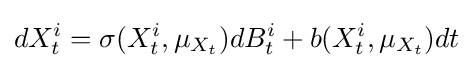
dX_{t}^{i}=\sigma (X_{t}^{i},\mu _{X_{t}})dB_{t}^{i}+b(X_{t}^{i},\mu _{X_{t}})dt